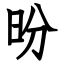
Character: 昐